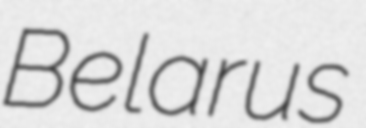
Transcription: Belarus